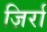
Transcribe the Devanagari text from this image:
ज़िर्रा